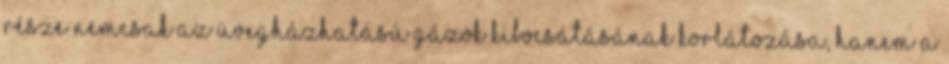
része nemcsak az üvegházhatású gázok kibocsátásának korlátozása, hanem a